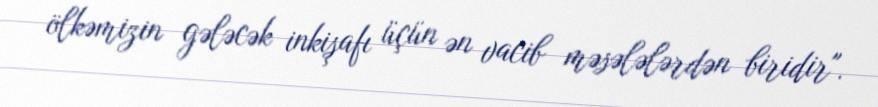
ölkəmizin gələcək inkişafı üçün ən vacib məsələlərdən biridir".